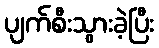
ပျက်စီးသွားခဲ့ပြီး